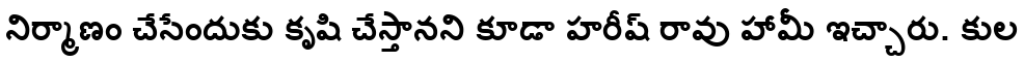
నిర్మాణం చేసేందుకు కృషి చేస్తానని కూడా హరీష్ రావు హామీ ఇచ్చారు. కుల